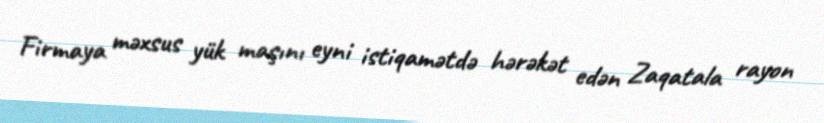
Firmaya məxsus yük maşını eyni istiqamətdə hərəkət edən Zaqatala rayon